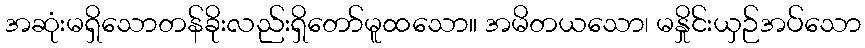
အဆုံးမရှိသောတန်ခိုးလည်းရှိတော်မူထသော။ အမိတယသော၊ မနှိုင်းယှဉ်အပ်သော